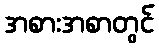
အစားအစာတွင်